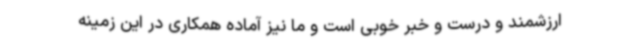
ارزشمند و درست و خبر خوبی است و ما نیز آماده همکاری در این زمینه